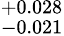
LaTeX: ^{+0.028}_{-0.021}